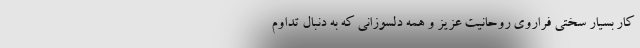
کارِ بسیار سختی فراروی روحانیت عزیز و همه دلسوزانی که به دنبال تداوم